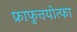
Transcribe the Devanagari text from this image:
फ्राफुत्तयोत्फा